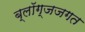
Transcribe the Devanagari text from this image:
ब्लॉग्जजगत